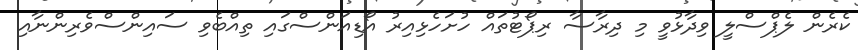
ކެރެން ލެޕްސްލީ ވިދާޅުވީ މި ދިރާސާ ރިޕޯޓުތައް ހުށަހެޅިއިރު އޯޑިއަންސްގައި ތިއްބެވި ސައިންސްވެރިންނާއި